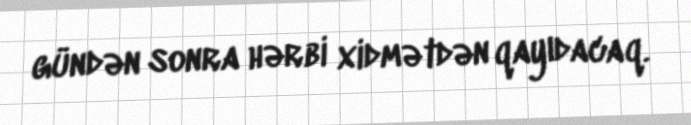
gündən sonra hərbi xidmətdən qayıdacaq.